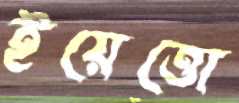
ইয়েত্তো